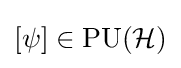
[\psi ]\in \operatorname {PU} ({\mathcal {H}})